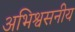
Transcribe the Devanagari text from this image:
अभिश्वसनीय